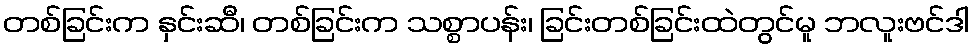
တစ်ခြင်းက နှင်းဆီ၊ တစ်ခြင်းက သစ္စာပန်း၊ ခြင်းတစ်ခြင်းထဲတွင်မူ ဘလူးဗင်ဒါ